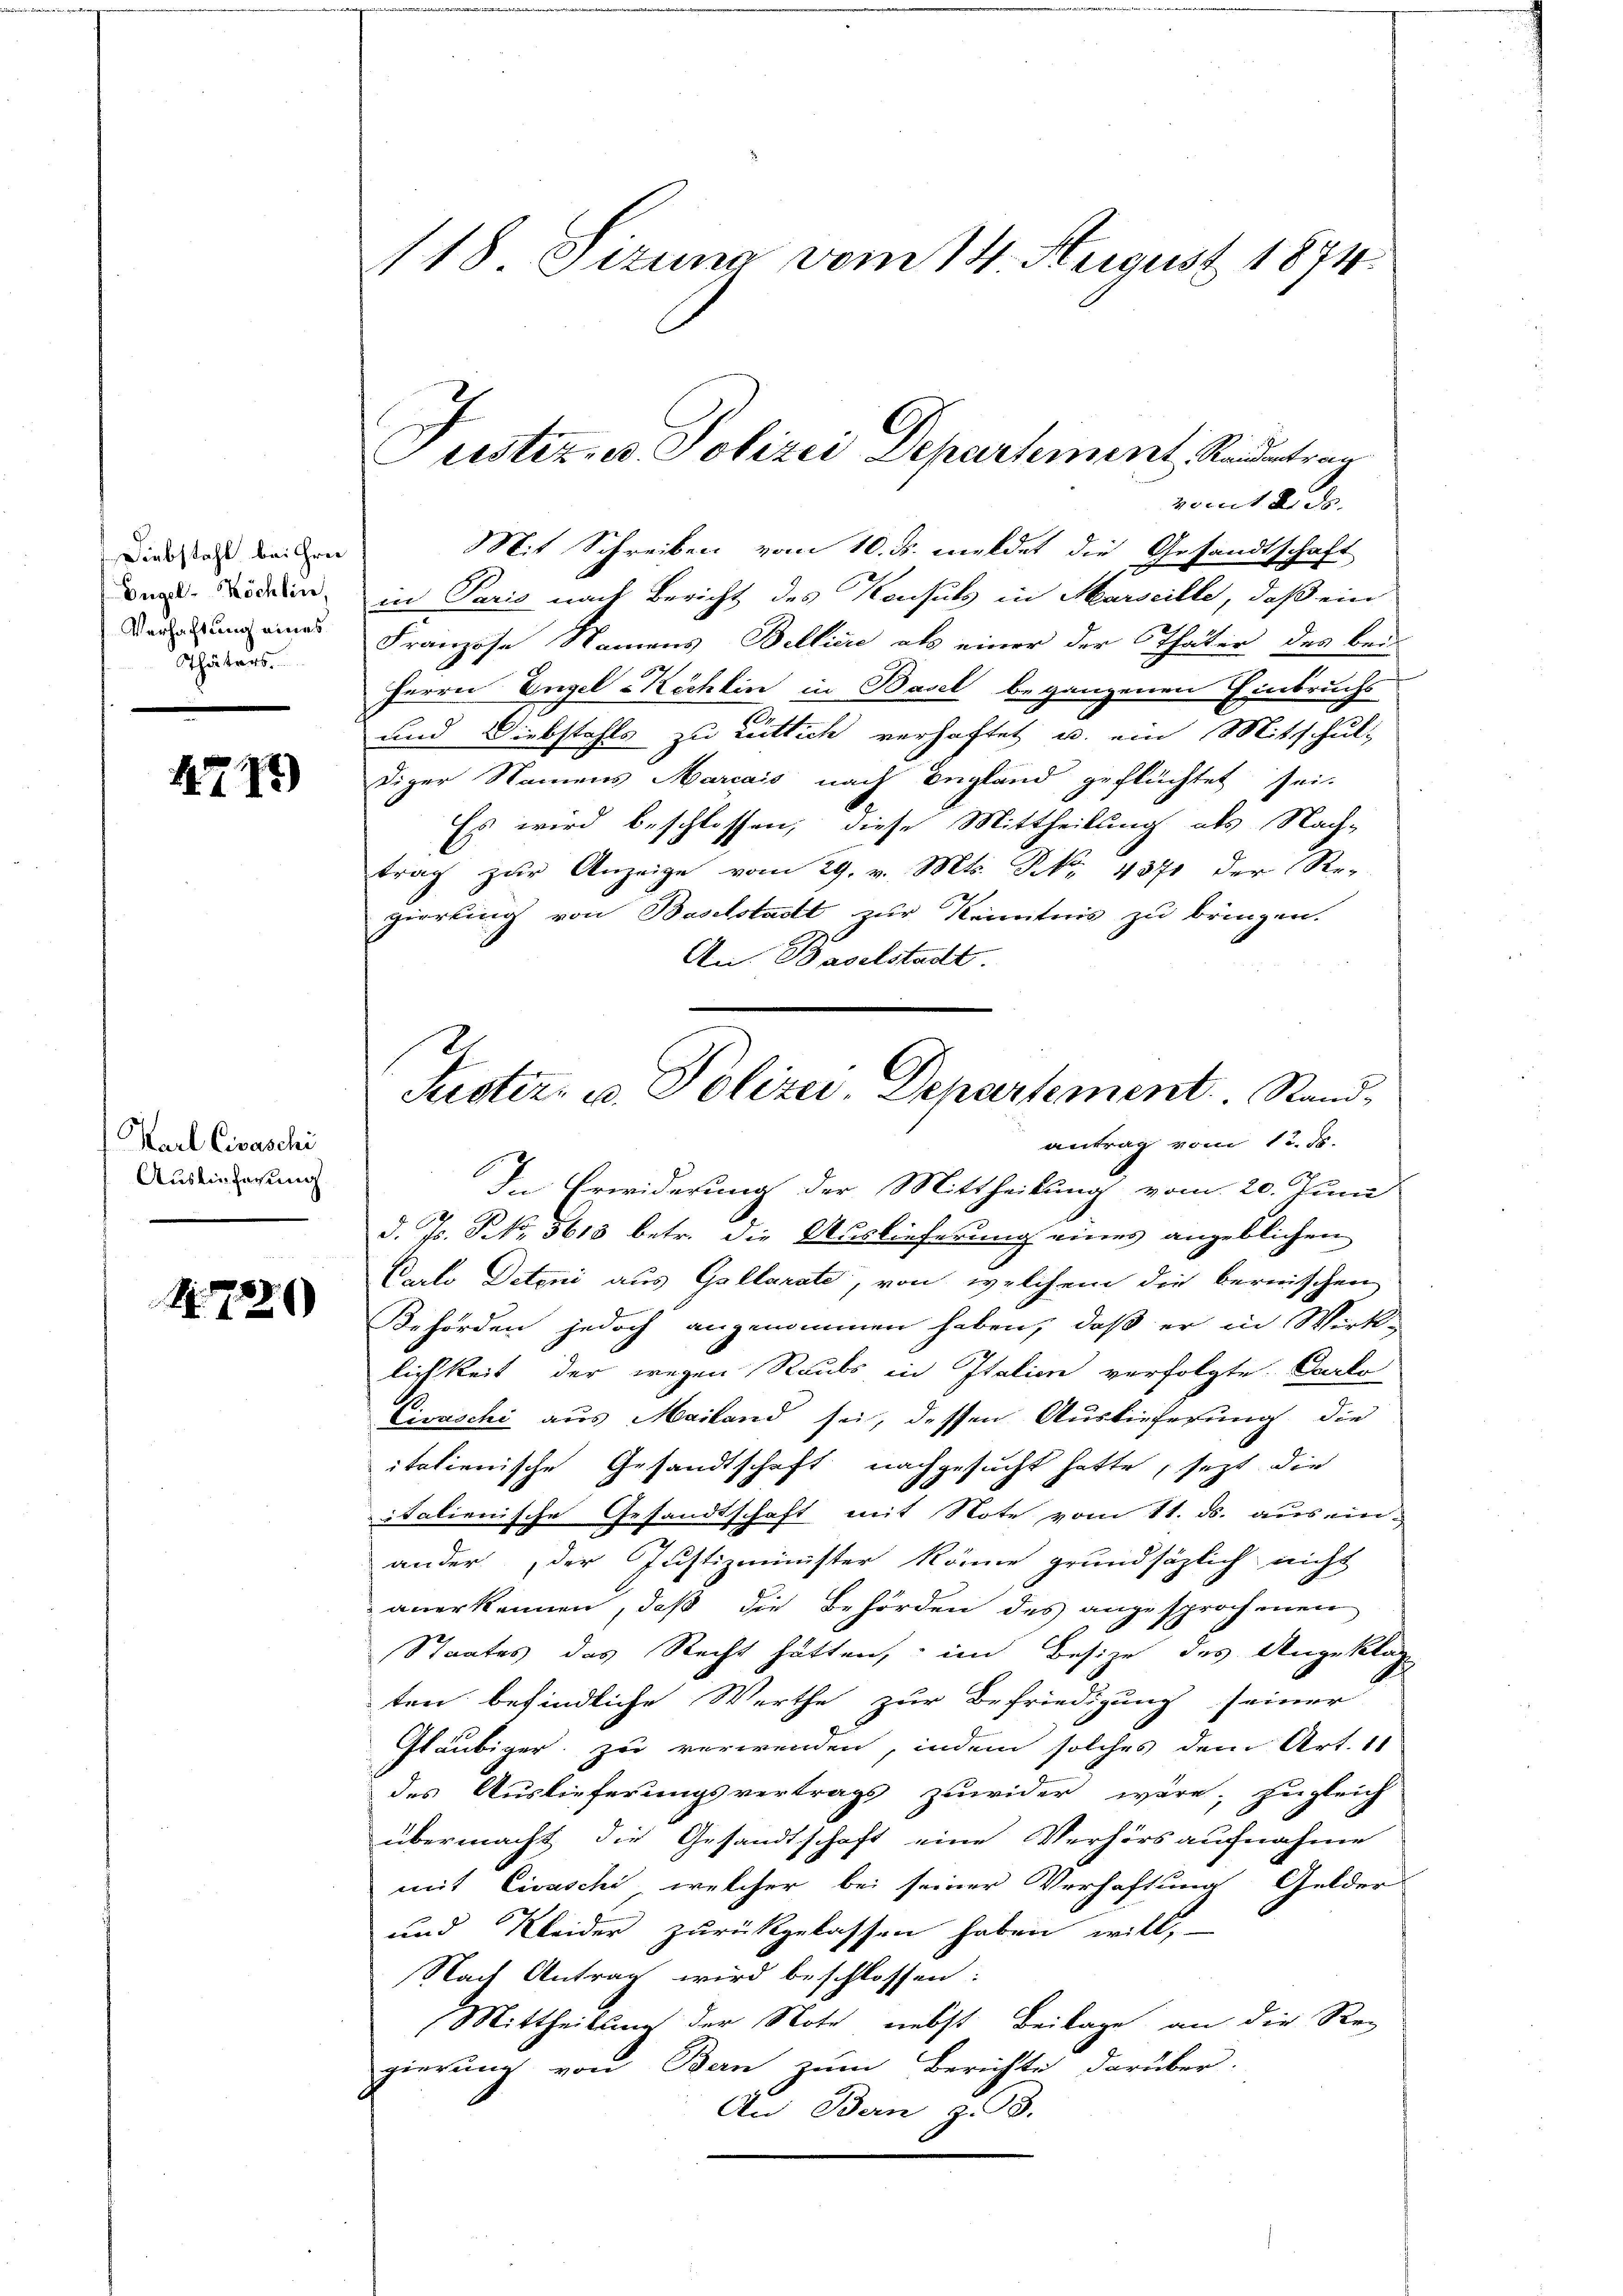
Diebstahl bei Frei
Engel-Köchlin,
Verhachtung eines
Thäters.

4771)

Karl Civaschi
Auslieferung

S. 722

118 Stzung vom 14. August 1874.

Justiz- u. Polizei Departement, Stadtran

vomit Rede.
Mit Schreiben vom 10. ds. meldet die Gesandtschaft
x
in Paris nach Bericht des Konsuls in Marseille, daß ein
Franzose Namens Belliere als einer der Thäter des bei-
ferren Engel-Kechlin in Basel begangenen Einbruchs
und Diebstahls zu Luttich verhaftet u. ein Mitschul-
diger Namens Marcais nach England geflüchtet sei.
Es wird beschlossen, diese Mittheilung als Nach-
trag zur Anzeige vom 29. v. Mts. No. 4371 der Re-
zierling von Baselstadt zur Kenntnis zu bringen.
An Baselstadt.
antrag vom 12. ds.
In Erwiderung der Mittheilung vom 20. Juni
d. Js. No. 5618 betr. die Auslieferung eines angeblichen
Karto Deteni aus Gollarate, von welchem die bernischen
Behörden jedoch angenommen haben, daß er in Wirk-
lichkeit der wegen Raubs in Italien verfolgte Carlo
Civaschi aus Mailand sei, dessen Auslieferung die
itationische Gesandtschaft nachgesucht hatte, sezt die
italienische Gesandtschaft mit Note vom 11. ds. aus ein-
ander der Justizminister könne grundsätzlich nicht
anerkennen, daß die Behörden des angesprochenen
Staates des Recht hätten, im Besize des Angeklag
ten befindliche Werthe zur Befriedigung seiner
Gläubiger zu verwenden, indem solches dem Art. 11
des Auslieferungsvertrags zuwider wäre; zugleich
übermacht die Gesandtschaft eine Verhörs aufnahme
mit Civaschi, welcher bei seiner Verhaftung Gelder
und Kleider zurückgelassen haben will,
Nach Antrag wird beschlossen:
Mittheilung der Note nebst Beilage an die Reg
gierung von Bern zum Berichte darüber.
An Bern Z. 93.

Justiz- u. Polizei Departement. Sand¬